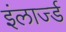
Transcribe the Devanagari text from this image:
इंलार्ज्ड